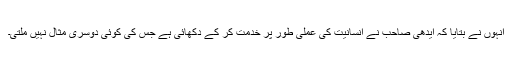
انہوں نے بتایا کہ ایدھی صاحب نے انسانیت کی عملی طور پر خدمت کر کے دکھائی ہے جس کی کوئی دوسری مثال نہیں ملتی۔